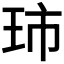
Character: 𮴋